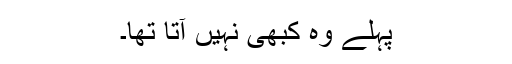
پہلے وہ کبھی نہیں آتا تھا۔